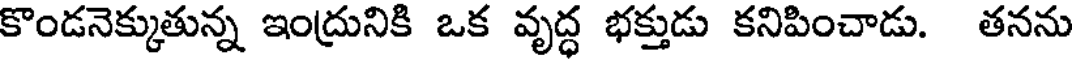
కొండనెక్కుతున్న ఇంద్రునికి ఒక వృద్ధ భక్తుడు కనిపించాడు. తనను